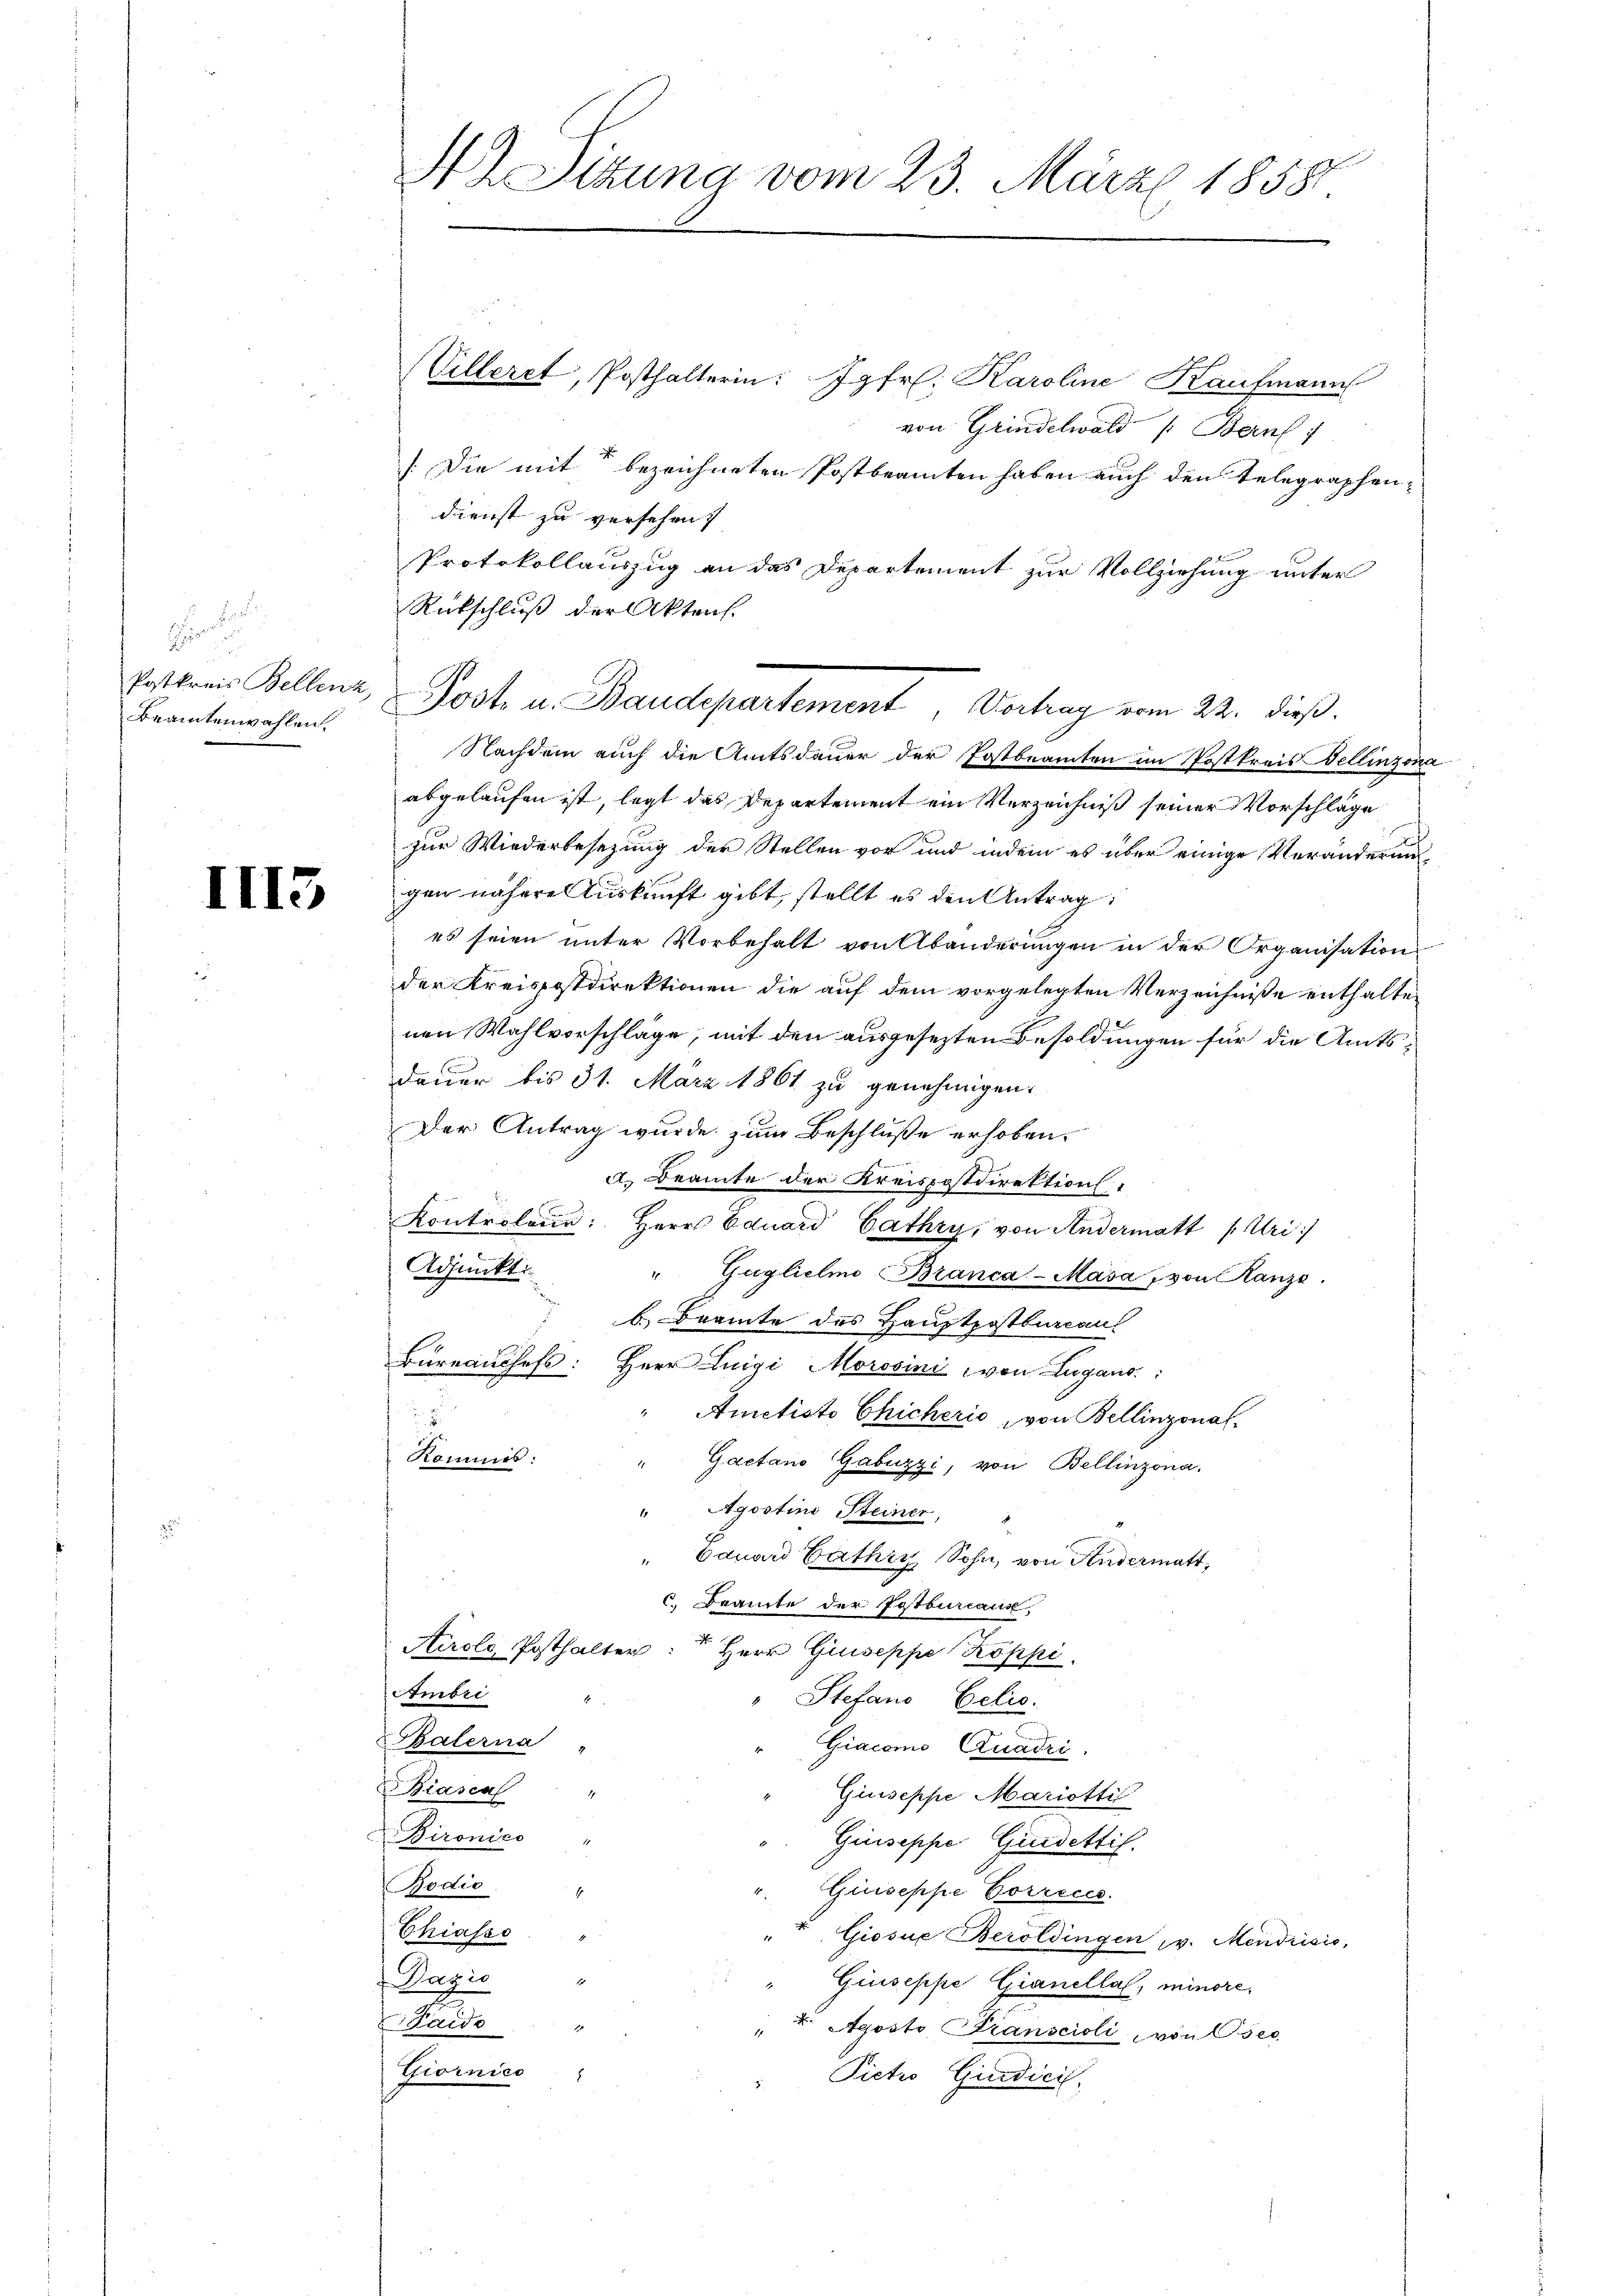
.

Postkreis Bellenz,
Beamtenwahlen.

II13

H Sitzung vom 23. März 1858

(Villeret, Posthalterin: Jgfr. Karoline Kaufmann
von Grindelwald (Bern
[Die mit bezeichneten Postbeamten haben auch den Telegraphen-
dienst zu versehen.
Protokollauszug an das Departement zur Vollziehung unter
Rückschluß der Akten.
Nachdem auch die Amtsdauer der Postbeamten im Postkreis ellinzoni
abgelaufen ist, legt das Departement ein Verzeichniß seiner Vorschläge
zur Wiederbesezung der Stellen vor und indem es über einige Veränderung
gen nähere Auskunft gibt, stellt es den Antrag
es seien unter Vorbehalt von Abänderŭngen in der Organisation
der Kreispostdirektionen die auf dem vorgelegten Verzeichnisse enthaltenen Wahlvorschläge, mit den ausgesezten Besoldungen für die Amtsdauer bis 31. März 1861 zu genehmigen.
Der Antrag wurde zum Beschluße erhoben.
a. Beamte der Kreispostdirektion
Kontroleur: Herr Eduard Cathry, von Andermatt (Uri
Adjunkt
"Guglielno Branca-Masa, von Kanze.
b. Beamte des Hauptpostbureaul
Büreaŭchefs: Herr Luigi Morssini von Lugano
Ametisto Chicherio, von Bellinzonal-

Kommis:
" Gaetano Gabuzzi, von Bellinzona.
" Agostine Steiner,
" Eduard Päthin Sohn, von Andermatt,
c. Beamte der Pytburcause
Airole Posthalter
Herr Giuseppe Koppi
Ambri
Stefano Eelis.
Balerna
Giacomo Quadri
Biascal "
Giuseppe Mariotti
Bironies
Giuseppe Quidettif.
Bodić
Giuseppe Correcce
Chiasso
" Gissue Beroldingen v. Mendrisis,
f Papie
Giuseppe Gianellat, minore,
Faido
7. Aposto Transcioli von ses
Giornico
Pictio Giudicil

|
Post. u. Baudepartement, Vortrag vom 22. dieß.